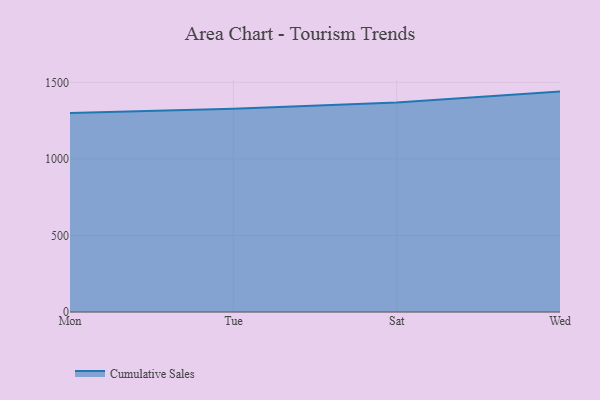
{"axis": {"x": "Day", "y": "Inventory Turnover"}, "legend": ["Cumulative Sales"], "data": [{"x": "Mon", "y": 1299.8, "type": "Cumulative Sales"}, {"x": "Tue", "y": 1327.4, "type": "Cumulative Sales"}, {"x": "Sat", "y": 1367.5, "type": "Cumulative Sales"}, {"x": "Wed", "y": 1439.3, "type": "Cumulative Sales"}]}